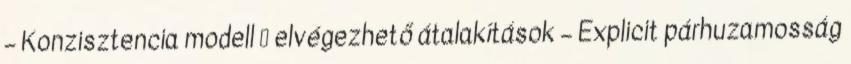
– Konzisztencia modell → elvégezhető átalakítások – Explicit párhuzamosság